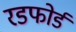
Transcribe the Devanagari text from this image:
रडफोर्ड